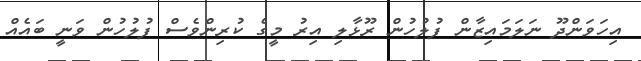
އިހަވަންދޫ ނަލަމައިޒާން ފުލުހުން ރޫޅާލި އިރު މީގެ ކުރިންވެސް ފުލުހުން ވަނީ ބައެއް